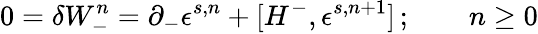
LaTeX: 0=\delta W_{-}^{n}=\partial_{-}\epsilon^{s,n}+[H^{-},\epsilon^{s,n+1}]\, ;\qquad n\geq 0